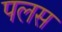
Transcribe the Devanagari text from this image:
पलस